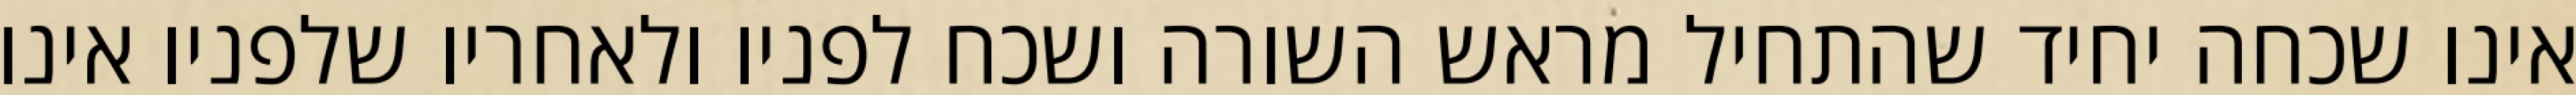
אינו שכחה יחיד שהתחיל מראש השורה ושכח לפניו ולאחריו שלפניו אינו